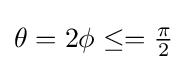
\theta =2\phi \leq ={\tfrac {\pi }{2}}